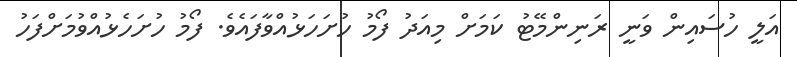
އަލީ ހުސައިން ވަނީ ރަނިންމޭޓު ކަމަށް މިއަދު ފޯމު ހުށަހަޅުއްވާފައެވެ. ފޯމު ހުށަހެޅުއްވުމަށްފަހު